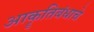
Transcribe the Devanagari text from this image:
आकॄतिबंधाचे